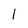
Character: 1